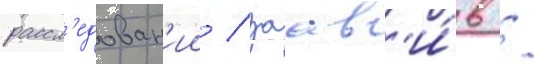
рассл'едован'ии / заав'и́в /